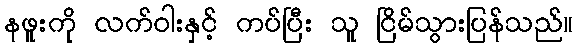
နဖူးကို လက်ဝါးနှင့် ကပ်ပြီး သူ ငြိမ်သွားပြန်သည်။